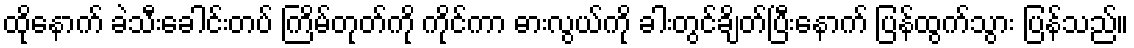
ထိုနောက် ခဲသီးခေါင်းတပ် ကြိမ်တုတ်ကို ကိုင်ကာ ဓားလွယ်ကို ခါးတွင်ချိတ်ပြီးနောက် ပြန်ထွက်သွား ပြန်သည်။